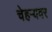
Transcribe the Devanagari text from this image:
चेहर्‍यवर